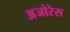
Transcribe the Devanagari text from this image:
अजोरेस